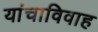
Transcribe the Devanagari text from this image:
यांचाविवाह